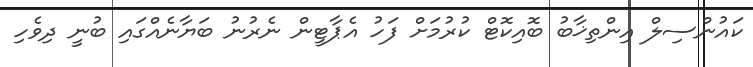
ކައުންސިލް އިންތިޚާބު ބޮއިކޮޓް ކުރުމަށް ފަހު އެޕާޓީން ނެރުނު ބަޔާނެއްގައި ބުނީ ދިވެހި